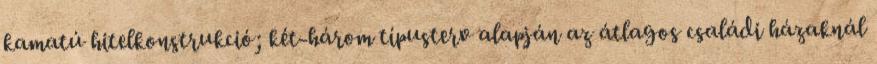
kamatú hitelkonstrukció; két-három típusterv alapján az átlagos családi házaknál